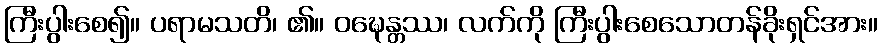
ကြီးပွါးစေ၍။ ပရာမသတိ၊ ၏။ ဝဍ္ဎေန္တဿ၊ လက်ကို ကြီးပွါးစေသောတန်ခိုးရှင်အား။